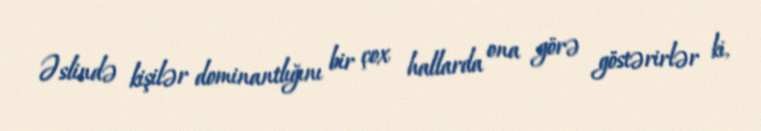
Əslində kişilər dominantlığını bir çox hallarda ona görə göstərirlər ki,